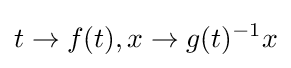
t\to f(t),x\to g(t)^{-1}x